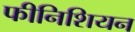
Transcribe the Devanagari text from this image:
फीनिशियन